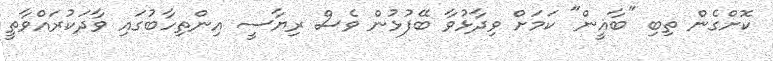
ކޮށްގެން ތިބި "ބާޣީން" ކަމަށް ވިދާޅުވާ ބޭފުޅުން ވެސް ރިޔާސީ އިންތިހާބުގައި ވާދަކުރައްވާތީ